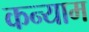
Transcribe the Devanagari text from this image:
कन्याम